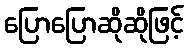
ပြောပြောဆိုဆိုဖြင့်